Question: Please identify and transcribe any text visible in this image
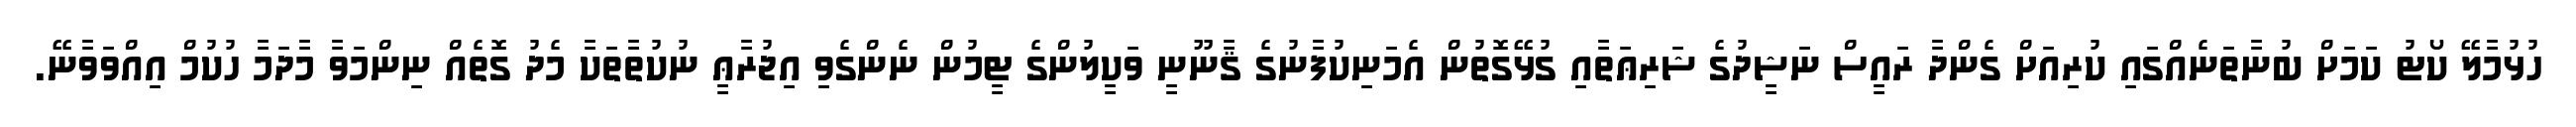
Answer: ހުޅުމާލޭ ކޯޓު ކަމަށް ބުނާތަނެއްގައި ކުރިއަށް ގެންދާ ރައީސް ނަޝީދުގެ ޝަރިޢަތާއި ގުޅޭގޮތުން އެމަނިކުފާނުގެ ޤާނޫނީ ވަކީލުންގެ ޓީމުން ނެންގެވި އިޖުރާޢީ ނުކުތާތަކާ މެދު ގޮތެއް ނިންމަވާ މާދަމާ ހުކުމް އިއްވަވާނޭ.